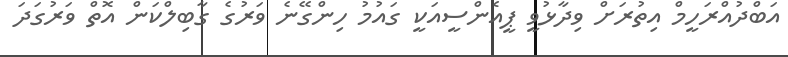
އަބްދުއްރަހީމް އިތުރަށް ވިދާޅުވީ ޕީއެންސީއަކީ ގައުމު ހިންގޭނެ ވަރުގެ ގާބިލްކަން އޮތް ވަރުގަދަ